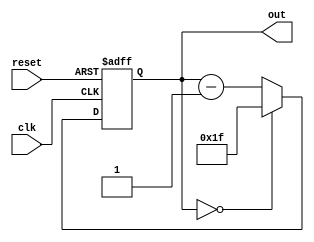
module contador_assincrono_decrescente (
  input wire clk,         
  input wire reset,     
  output wire [4:0] out  
);

  reg [4:0] contador;    

  always @(posedge clk or posedge reset) begin
    if (reset) begin
      contador <= 5'b11111; 
    end else begin
      
      case (contador)
        5'b00000: contador <= 5'b11111;
        default: contador <= contador - 1;
      endcase
    end
  end

  
  assign out = contador;

endmodule